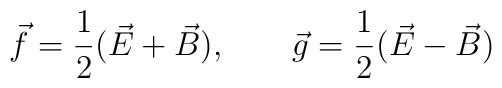
\vec{f}=\frac{1}{2}(\vec{E}+\vec{B}),~~~~~~\vec{g}=\frac{1}{2}(\vec{E}-\vec{B})